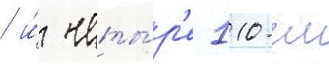
/ и́ четы́р'е 110-см